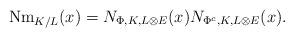
LaTeX: \begin{align*}\mathrm{Nm}_{K/L}(x) = N_{\Phi,K,L \otimes E}(x) N_{\Phi^c,K,L \otimes E}(x).\end{align*}